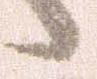
候